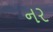
નર